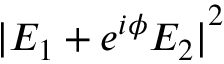
{ | E _ { 1 } + e ^ { i \phi } E _ { 2 } | } ^ { 2 }